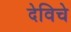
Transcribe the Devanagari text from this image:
देविचे